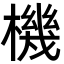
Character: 機